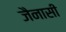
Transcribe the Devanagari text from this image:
जैनासी